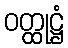
ဝတ္ထုဋ္ဌံ